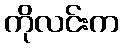
ကိုလင်းက